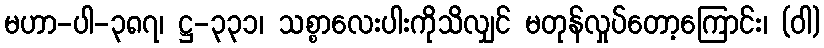
မဟာ-ပါ-၃၈၇၊ ဋ္ဌ-၃၃၁၊ သစ္စာလေးပါးကိုသိလျှင် မတုန်လှုပ်တော့ကြောင်း၊ (ဝါ)